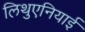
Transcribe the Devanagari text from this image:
लिथुएनियाई